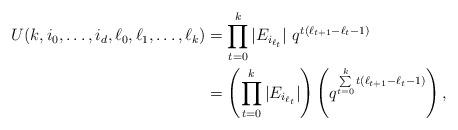
LaTeX: \begin{align*} U(k, i_0, \ldots, i_d, \ell_0, \ell_1, \ldots, \ell_k)&= \prod_{t=0}^k |E_{i_{\ell_t}}|~ q^{t(\ell_{t+1}-\ell_t-1)}\\&=\left( \prod_{t=0}^k |E_{i_{\ell_t}}| \right) \left(q^{\sum\limits_{t=0}^k t(\ell_{t+1}-\ell_t-1)}\right),\end{align*}